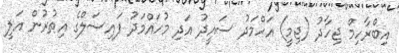
އިބްރާހިމް ޖިހާދު (ޖިމީ) އަހްމަދު ސައީދު އަދި މުހައްމަދު ފައިސަލްގެ އިތުރުން އަލީ